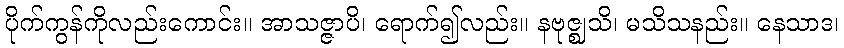
ပိုက်ကွန်ကိုလည်းကောင်း။ အာသဇ္ဇာပိ၊ ရောက်၍လည်း။ နဗုဇ္ဈသိ၊ မသိသနည်း။ နေသာဒ၊